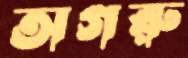
অগরু